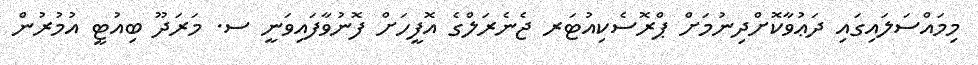
މިމައްސަލައިގައި ދަޢުވާކޮށްދިނުމަށް ޕްރޮސެކިއުޓަރ ޖެނެރަލްގެ އޮފީހަށް ފޮނުވާފައިވަނީ ސ. މަރަދޫ ބިއުޓީ އުމުރުން